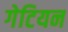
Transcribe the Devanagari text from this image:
गेटियन